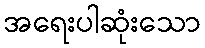
အရေးပါဆုံးသော